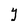
Character: Y